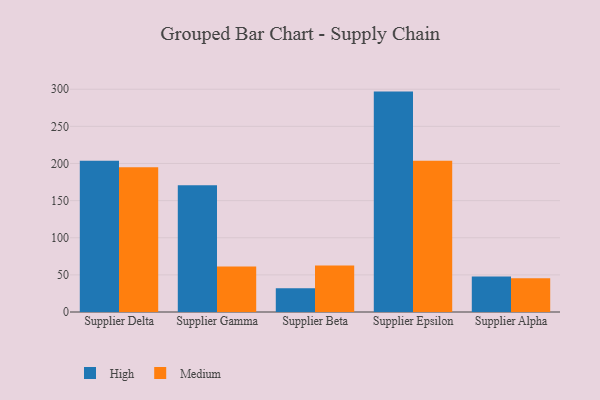
{"axis": {"x": "Supplier", "y": "Operating Costs (USD K)"}, "legend": ["High", "Medium"], "data": [{"x": "Supplier Delta", "y": 203.6, "type": "High"}, {"x": "Supplier Delta", "y": 194.9, "type": "Medium"}, {"x": "Supplier Gamma", "y": 170.7, "type": "High"}, {"x": "Supplier Gamma", "y": 61.2, "type": "Medium"}, {"x": "Supplier Beta", "y": 31.9, "type": "High"}, {"x": "Supplier Beta", "y": 62.6, "type": "Medium"}, {"x": "Supplier Epsilon", "y": 296.8, "type": "High"}, {"x": "Supplier Epsilon", "y": 203.6, "type": "Medium"}, {"x": "Supplier Alpha", "y": 47.8, "type": "High"}, {"x": "Supplier Alpha", "y": 45.6, "type": "Medium"}]}